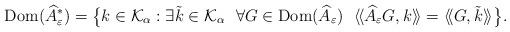
LaTeX: \begin{align*} {\rm Dom}(\widehat{A}_\varepsilon^*) =\bigl\{k\in \mathcal{K}_\alpha: \exists\tilde{k}\in \mathcal{K}_\alpha \ \ \forall G\in {\rm Dom}(\widehat{A}_\varepsilon) \ \ \langle\! \langle \widehat{A}_\varepsilon G, k\rangle \!\rangle =\langle\! \langle G, \tilde{k}\rangle\!\rangle\bigr\}.\end{align*}